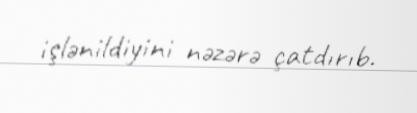
işlənildiyini nəzərə çatdırıb.